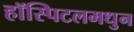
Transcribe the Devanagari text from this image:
हॉस्पिटलमधुन